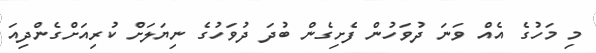
މި މަހުގެ އެއް ވަނަ ދުވަހުން ފެށިގެން ބުދަ ދުވަހުގެ ނިޔަލަށް ކުރިއަށްގެންދިއަ